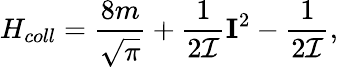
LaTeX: H_{coll}=\frac{8m}{\sqrt{\pi}}+\frac{1}{2{\cal I}}{\mathbf I}^{2}-\frac{1}{2{\cal I}},